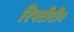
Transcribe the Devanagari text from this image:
रिपटीटीव